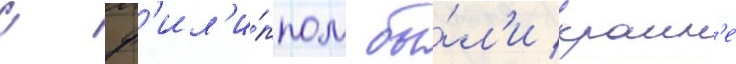
с ф'ил'и́ппом бы́л'и краин'е